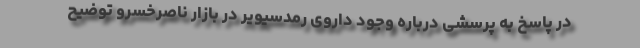
در پاسخ به پرسشی درباره وجود داروی رمدسیویر در بازار ناصرخسرو توضیح